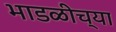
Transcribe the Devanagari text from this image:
भाडळीच्या